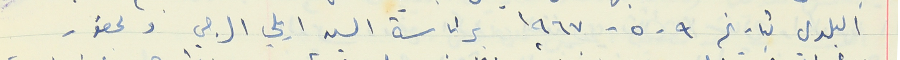
البلدي تاريخ ٩ - ٥ - ١٩٦٧ برئاسة السيد ايلي الرجي وبحضور